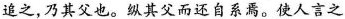
追之，乃其父也。纵其父而还自系焉。使人言之